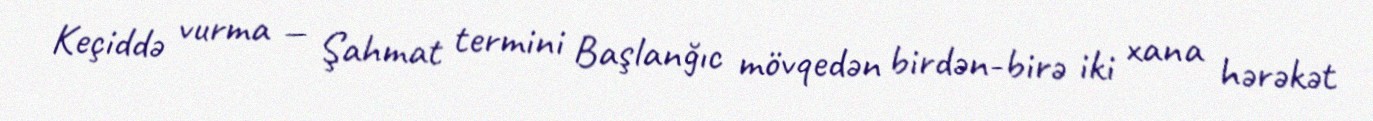
Keçiddə vurma — Şahmat termini Başlanğıc mövqedən birdən-birə iki xana hərəkət